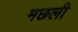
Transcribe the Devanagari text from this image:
मछली